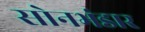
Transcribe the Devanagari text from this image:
सोनभंडार